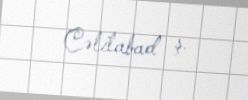
Cəlilabad ş.